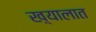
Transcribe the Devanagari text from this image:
ख़्यालात